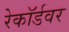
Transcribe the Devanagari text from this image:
रेकॉर्डवर